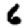
Digit: 6